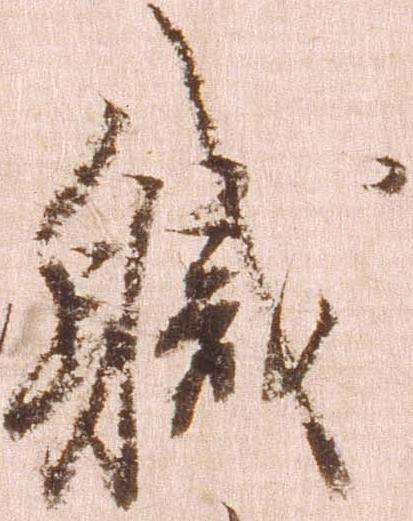
職